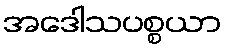
အဒေါသပစ္စယာ